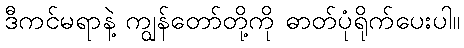
ဒီကင်မရာနဲ့ ကျွန်တော်တို့ကို ဓာတ်ပုံရိုက်ပေးပါ။